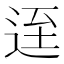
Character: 𨒬